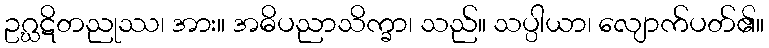
ဥဂ္ဃဋိတညုဿ၊ အား။ အဓိပညာသိက္ခာ၊ သည်။ သပ္ပါယာ၊ လျောက်ပတ်၏။